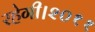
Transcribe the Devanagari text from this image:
रहेगी।२०११